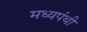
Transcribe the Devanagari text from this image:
मध्यपंथी